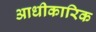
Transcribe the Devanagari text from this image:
आधीकारिक